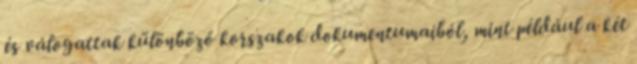
és válogattak különböző korszakok dokumentumaiból, mint például a két